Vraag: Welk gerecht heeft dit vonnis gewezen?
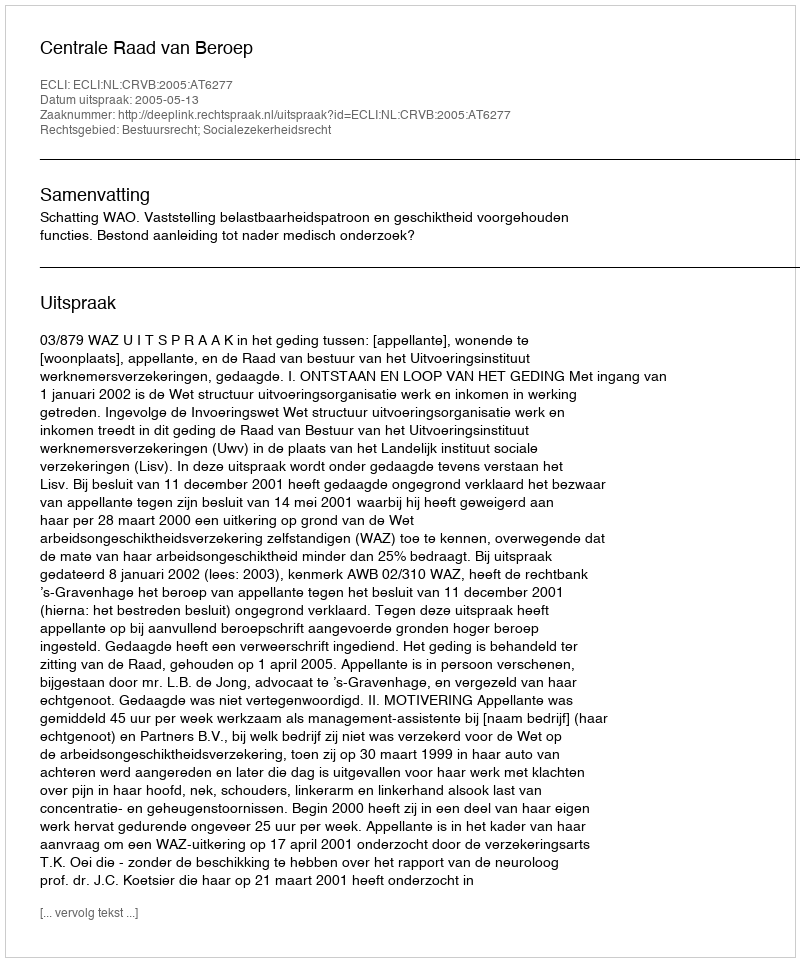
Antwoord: Centrale Raad van Beroep